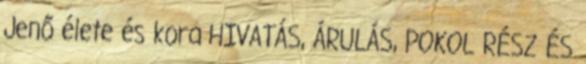
Jenő élete és kora HIVATÁS, ÁRULÁS, POKOL RÉSZ ÉS